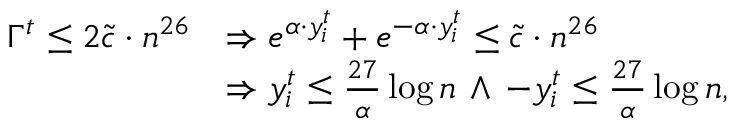
\begin{array} { r l } { \Gamma ^ { t } \leq 2 \tilde { c } \cdot n ^ { 2 6 } } & { \Rightarrow e ^ { \alpha \cdot y _ { i } ^ { t } } + e ^ { - \alpha \cdot y _ { i } ^ { t } } \leq \tilde { c } \cdot n ^ { 2 6 } } \\ & { \Rightarrow y _ { i } ^ { t } \leq \frac { 2 7 } { \alpha } \log n \, \wedge \, - y _ { i } ^ { t } \leq \frac { 2 7 } { \alpha } \log n , } \end{array}